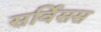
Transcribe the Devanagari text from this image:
सर्विसस